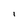
Character: i